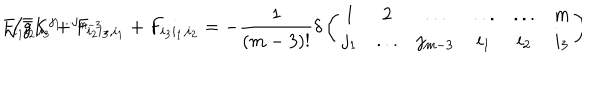
F _ { i _ { 1 } i _ { 2 } , i _ { 3 } } + F _ { i _ { 2 } i _ { 3 } , i _ { 1 } } + F _ { i _ { 3 } i _ { 1 } , i _ { 2 } } = - \frac { 1 } { ( m - 3 ) ! } \delta \left( \begin{array} { c c c c c c } { { 1 } } & { { 2 } } & { { . . . } } & { { . . . } } & { { . . . } } & { { m } } \\ { { j _ { 1 } } } & { { . . . } } & { { j _ { m - 3 } } } & { { i _ { 1 } } } & { { i _ { 2 } } } & { { i _ { 3 } } } \\ \end{array} \right) \hspace { - 1 m m } \sqrt { \bar { g } } K ^ { j _ { 1 } . . . j _ { m - 3 } } ,